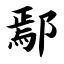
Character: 鄢